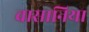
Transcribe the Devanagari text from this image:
वासानिया